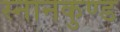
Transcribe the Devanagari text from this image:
स्‍नानकुण्‍ड